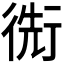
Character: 𢔬